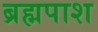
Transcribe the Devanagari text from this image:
ब्रह्मपाश